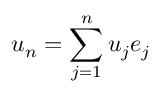
u _ { n } = \sum _ { j = 1 } ^ { n } u _ { j } e _ { j }